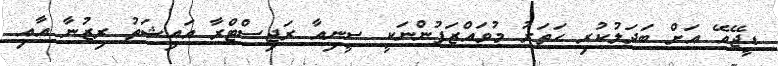
ޑީޖޭއޭ އަށް ބަދަލުކުރި ހަތަރު މުވައްޒަފުންނަކީ ސީނިއާ ރަޖިސްޓްރާ އައިޝަތު ރިޒުނާ އާއި